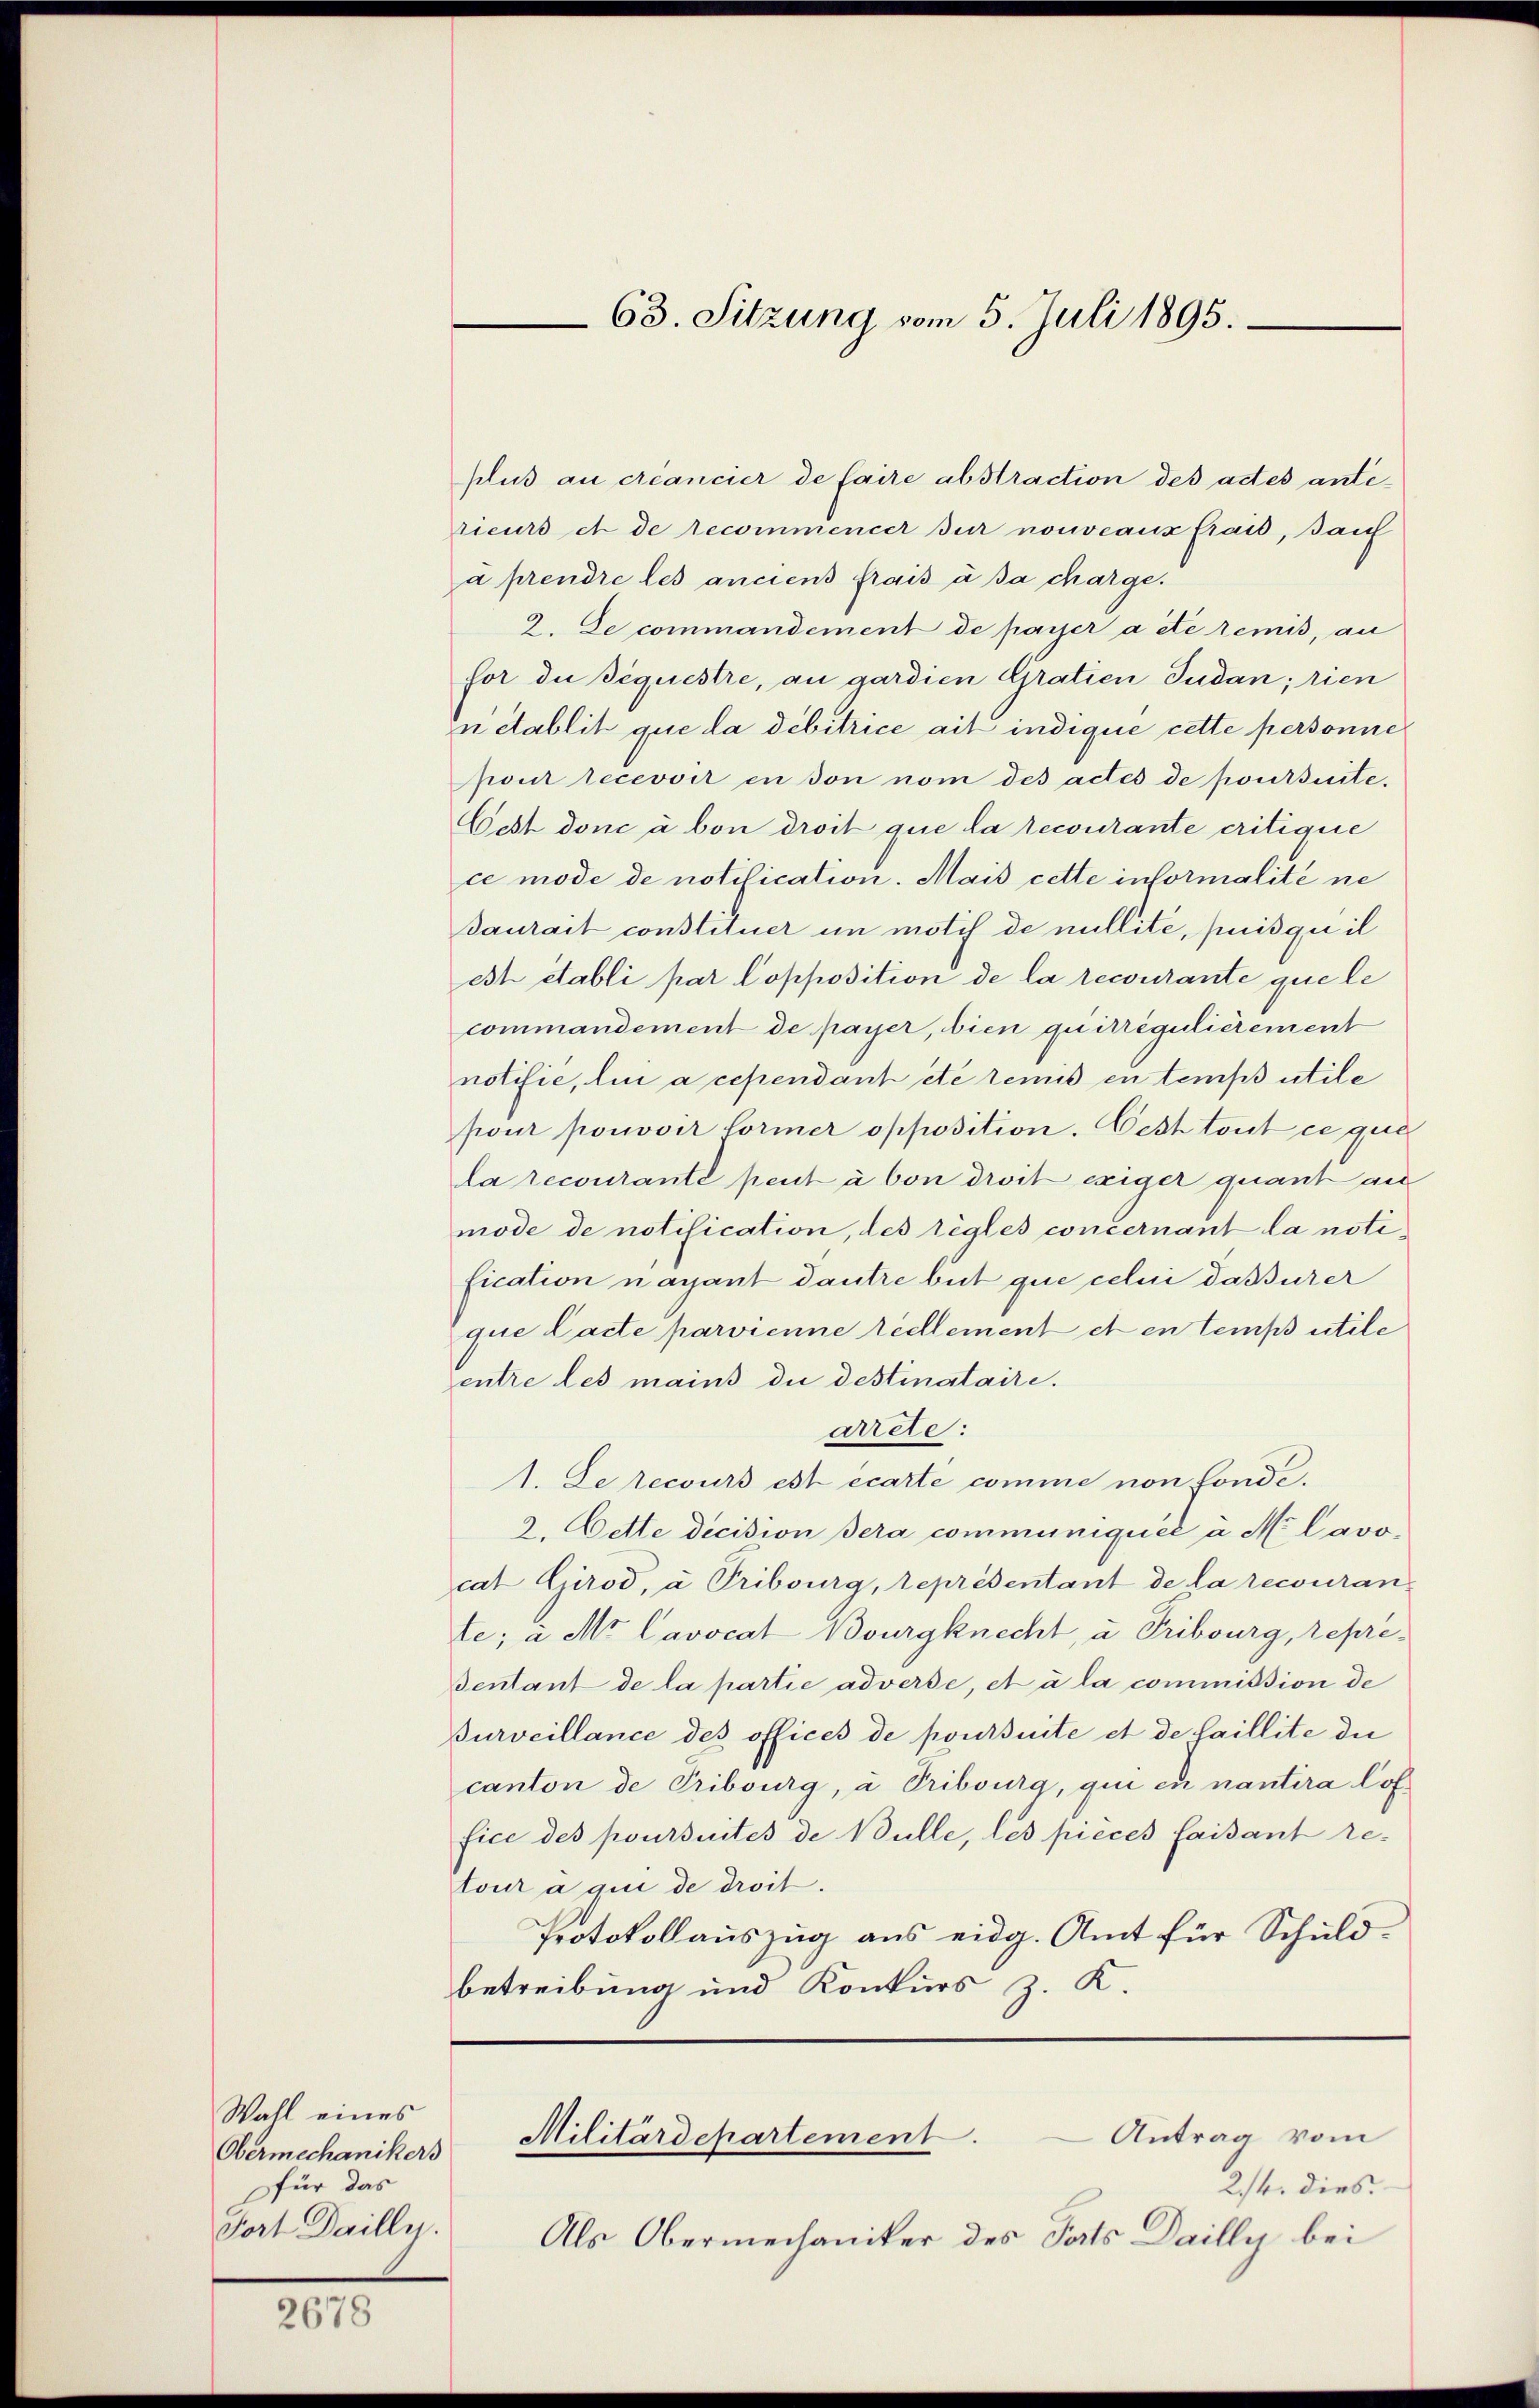
Wahl eines
Obermechanikers
für das
Fort Dailly.

2678

plus au ccancier de faire abstraction des actes ante-
rieurs et de recommencer sur nouveaux frais, sanf
a prendre les anciens frais à sa charge.
2. De commandement de passer acte remis, an
hor die séquestre, an gardien Gratien Judan; rien
n établit que la débitrice ait indique cette personne
pour recevoir en son nom des actes de poursuite.
Cest donc à bon droit que la recourante critique
ce mode de notification. Mais cette informalité ne
daurait constituer in motif de nullité, puisquil
est etabli par Copposition de la recourante que le
commandement de payer, bien quitrégulièrement
notifie, lin a cependant été remis en temps utile
pour pouvoir former opposition. Oest tout ce que
la recourante peut à von droit exiger quant au
mode de notification, des règles concernant la notification nayant dautre beit que celui daturer
que Lacte parvienne réellement et en temps utile
entre les mains die destinataire.
arrete:
1. Le recours est écarte comme non fonde.
2. Dette decision dera communiquée a M. Lavocat Girod, u Tribourg, représentant de la recouran
te; u. Mr. Cavocat Bourgknecht, u Tribourg, repré¬
Tentant de la partie adverse, et à la commission de
Burveillance des offices de poursuite et de faillite die
canton de Pribourg, u Tribourg, qui en nantera loffice des poursuites de Bulle, les pieces faisant re-
tour a qui de droit.
Protokollauszug aus eidg. Amt für Schuld-
betreibung und Konkurs z. K.
Militärdepartement. Antrag vom
2/4. dies
Als Obermechaniker des Tats Dailly bei

63. Sitzung vom 5. Juli 1895.